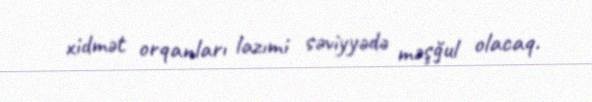
xidmət orqanları lazımi səviyyədə məşğul olacaq.